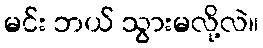
မင်း ဘယ် သွားမလို့လဲ။